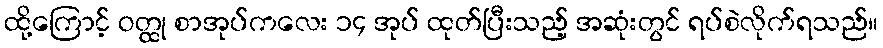
ထို့ကြောင့် ဝတ္ထု စာအုပ်ကလေး ၁၄ အုပ် ထုတ်ပြီးသည့် အဆုံးတွင် ရပ်စဲလိုက်ရသည်။